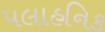
પલાહનિક